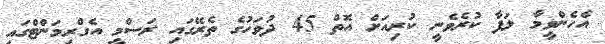
އެހެންވީމާ ލަފާ ކުރެވެނީ ކުރިއަށް އޮތް 45 ދުވަހުގެ ތެރޭގައި ރަސްމީ އެގްރިމަންޓްގައި